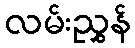
လမ်းညွှန်